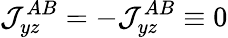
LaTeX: \mathcal{J}_{yz}^{AB}=-\mathcal{J}_{yz}^{AB}\equiv 0